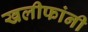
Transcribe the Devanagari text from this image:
खलीफांनी